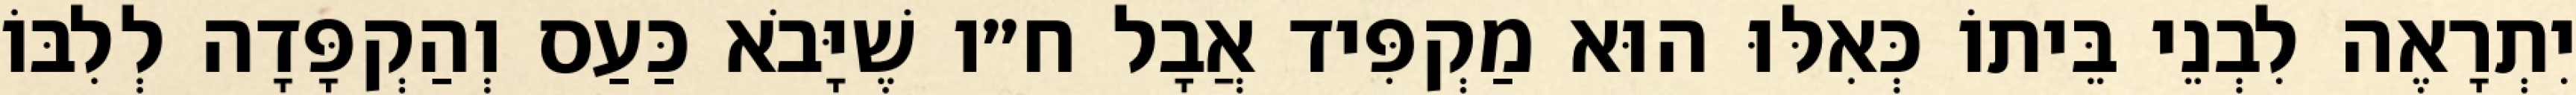
יִתְרָאֶה לִבְנֵי בֵּיתוֹ כְּאִלּוּ הוּא מַקְפִּיד אֲבָל ח״ו שֶׁיָּבֹא כַּעַס וְהַקְפָּדָה לְלִבּוֹ